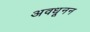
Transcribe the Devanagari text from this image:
अवधूनन